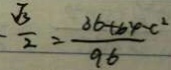
- \frac { \sqrt { 3 } } { 2 } = \frac { 3 6 + 6 4 - c ^ { 2 } } { 9 6 }